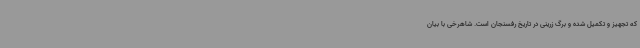
که تجهیز و تکمیل شده و برگ زرینی در تاریخ رفسنجان است. شاهرخی با بیان